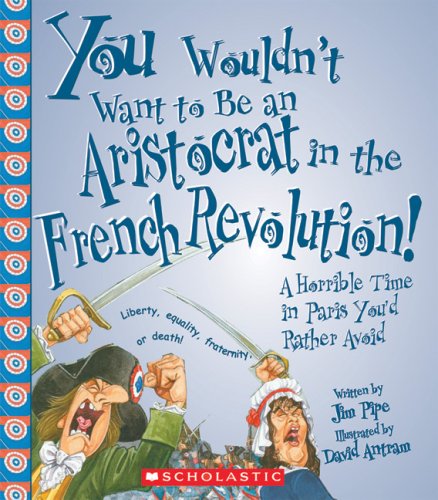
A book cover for You Wouldn't Want to Be an Aristocrat in the French Revolution!: A Horrible Time in Paris You'd Rather Avoid; Jim Pipe; Children's Books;